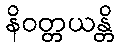
နိဝတ္တယန္တိ